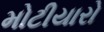
મોટીયારો